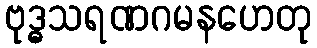
ဗုဒ္ဓသရဏဂမနဟေတု